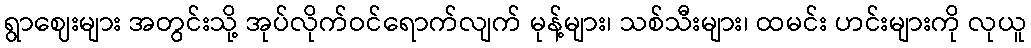
ရွာဈေးများ အတွင်းသို့ အုပ်လိုက်ဝင်ရောက်လျက် မုန့်များ၊ သစ်သီးများ၊ ထမင်း ဟင်းများကို လုယူ